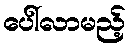
ပေါ်လာမည့်